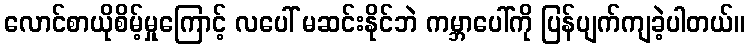
လောင်စာယိုစိမ့်မှုကြောင့် လပေါ် မဆင်းနိုင်ဘဲ ကမ္ဘာပေါ်ကို ပြန်ပျက်ကျခဲ့ပါတယ်။